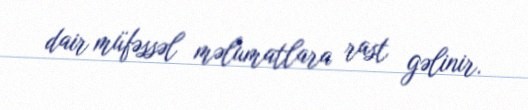
dair müfəssəl məlumatlara rast gəlinir.